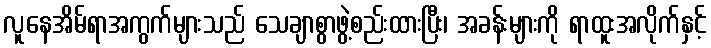
လူနေအိမ်ရာအကွက်များသည် သေချာစွာဖွဲ့စည်းထားပြီး၊ အခန်းများကို ရာထူးအလိုက်နှင့်